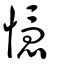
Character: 懚